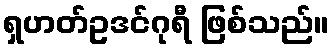
ရှဟတ်ဥဒင်ဂုရီ ဖြစ်သည်။